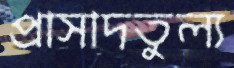
প্রাসাদতুল্য